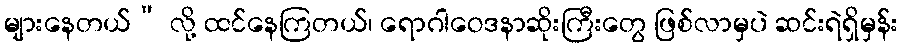
များနေတယ်” လို့ ထင်နေကြတယ်၊ ရောဂါဝေဒနာဆိုးကြီးတွေ ဖြစ်လာမှပဲ ဆင်းရဲရှိမှန်း